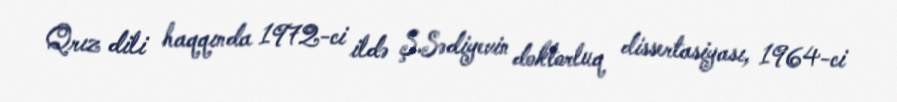
Qrız dili haqqında 1972-ci ildə Ş.Sədiyevin doktorluq dissertasiyası, 1964-ci